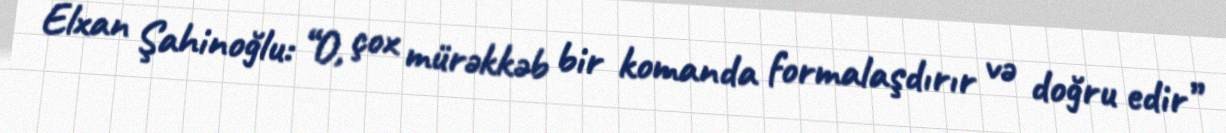
Elxan Şahinoğlu: “O, çox mürəkkəb bir komanda formalaşdırır və doğru edir”